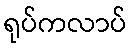
ရုပ်ကလာပ်